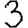
Digit: 3